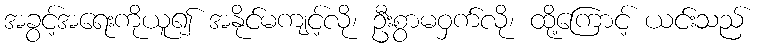
အခွင့်အရေးကိုယူ၍ အနိုင်မကျင့်လို၊ ဦးစွာမဝှက်လို၊ ထို့ကြောင့် ယင်းသည်